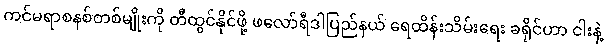
ကင်မရာစနစ်တစ်မျိုးကို တီထွင်နိုင်ဖို့ ဖလော်ရီဒါပြည်နယ် ရေထိန်းသိမ်းရေး ခရိုင်ဟာ ငါးနဲ့